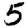
Digit: 5